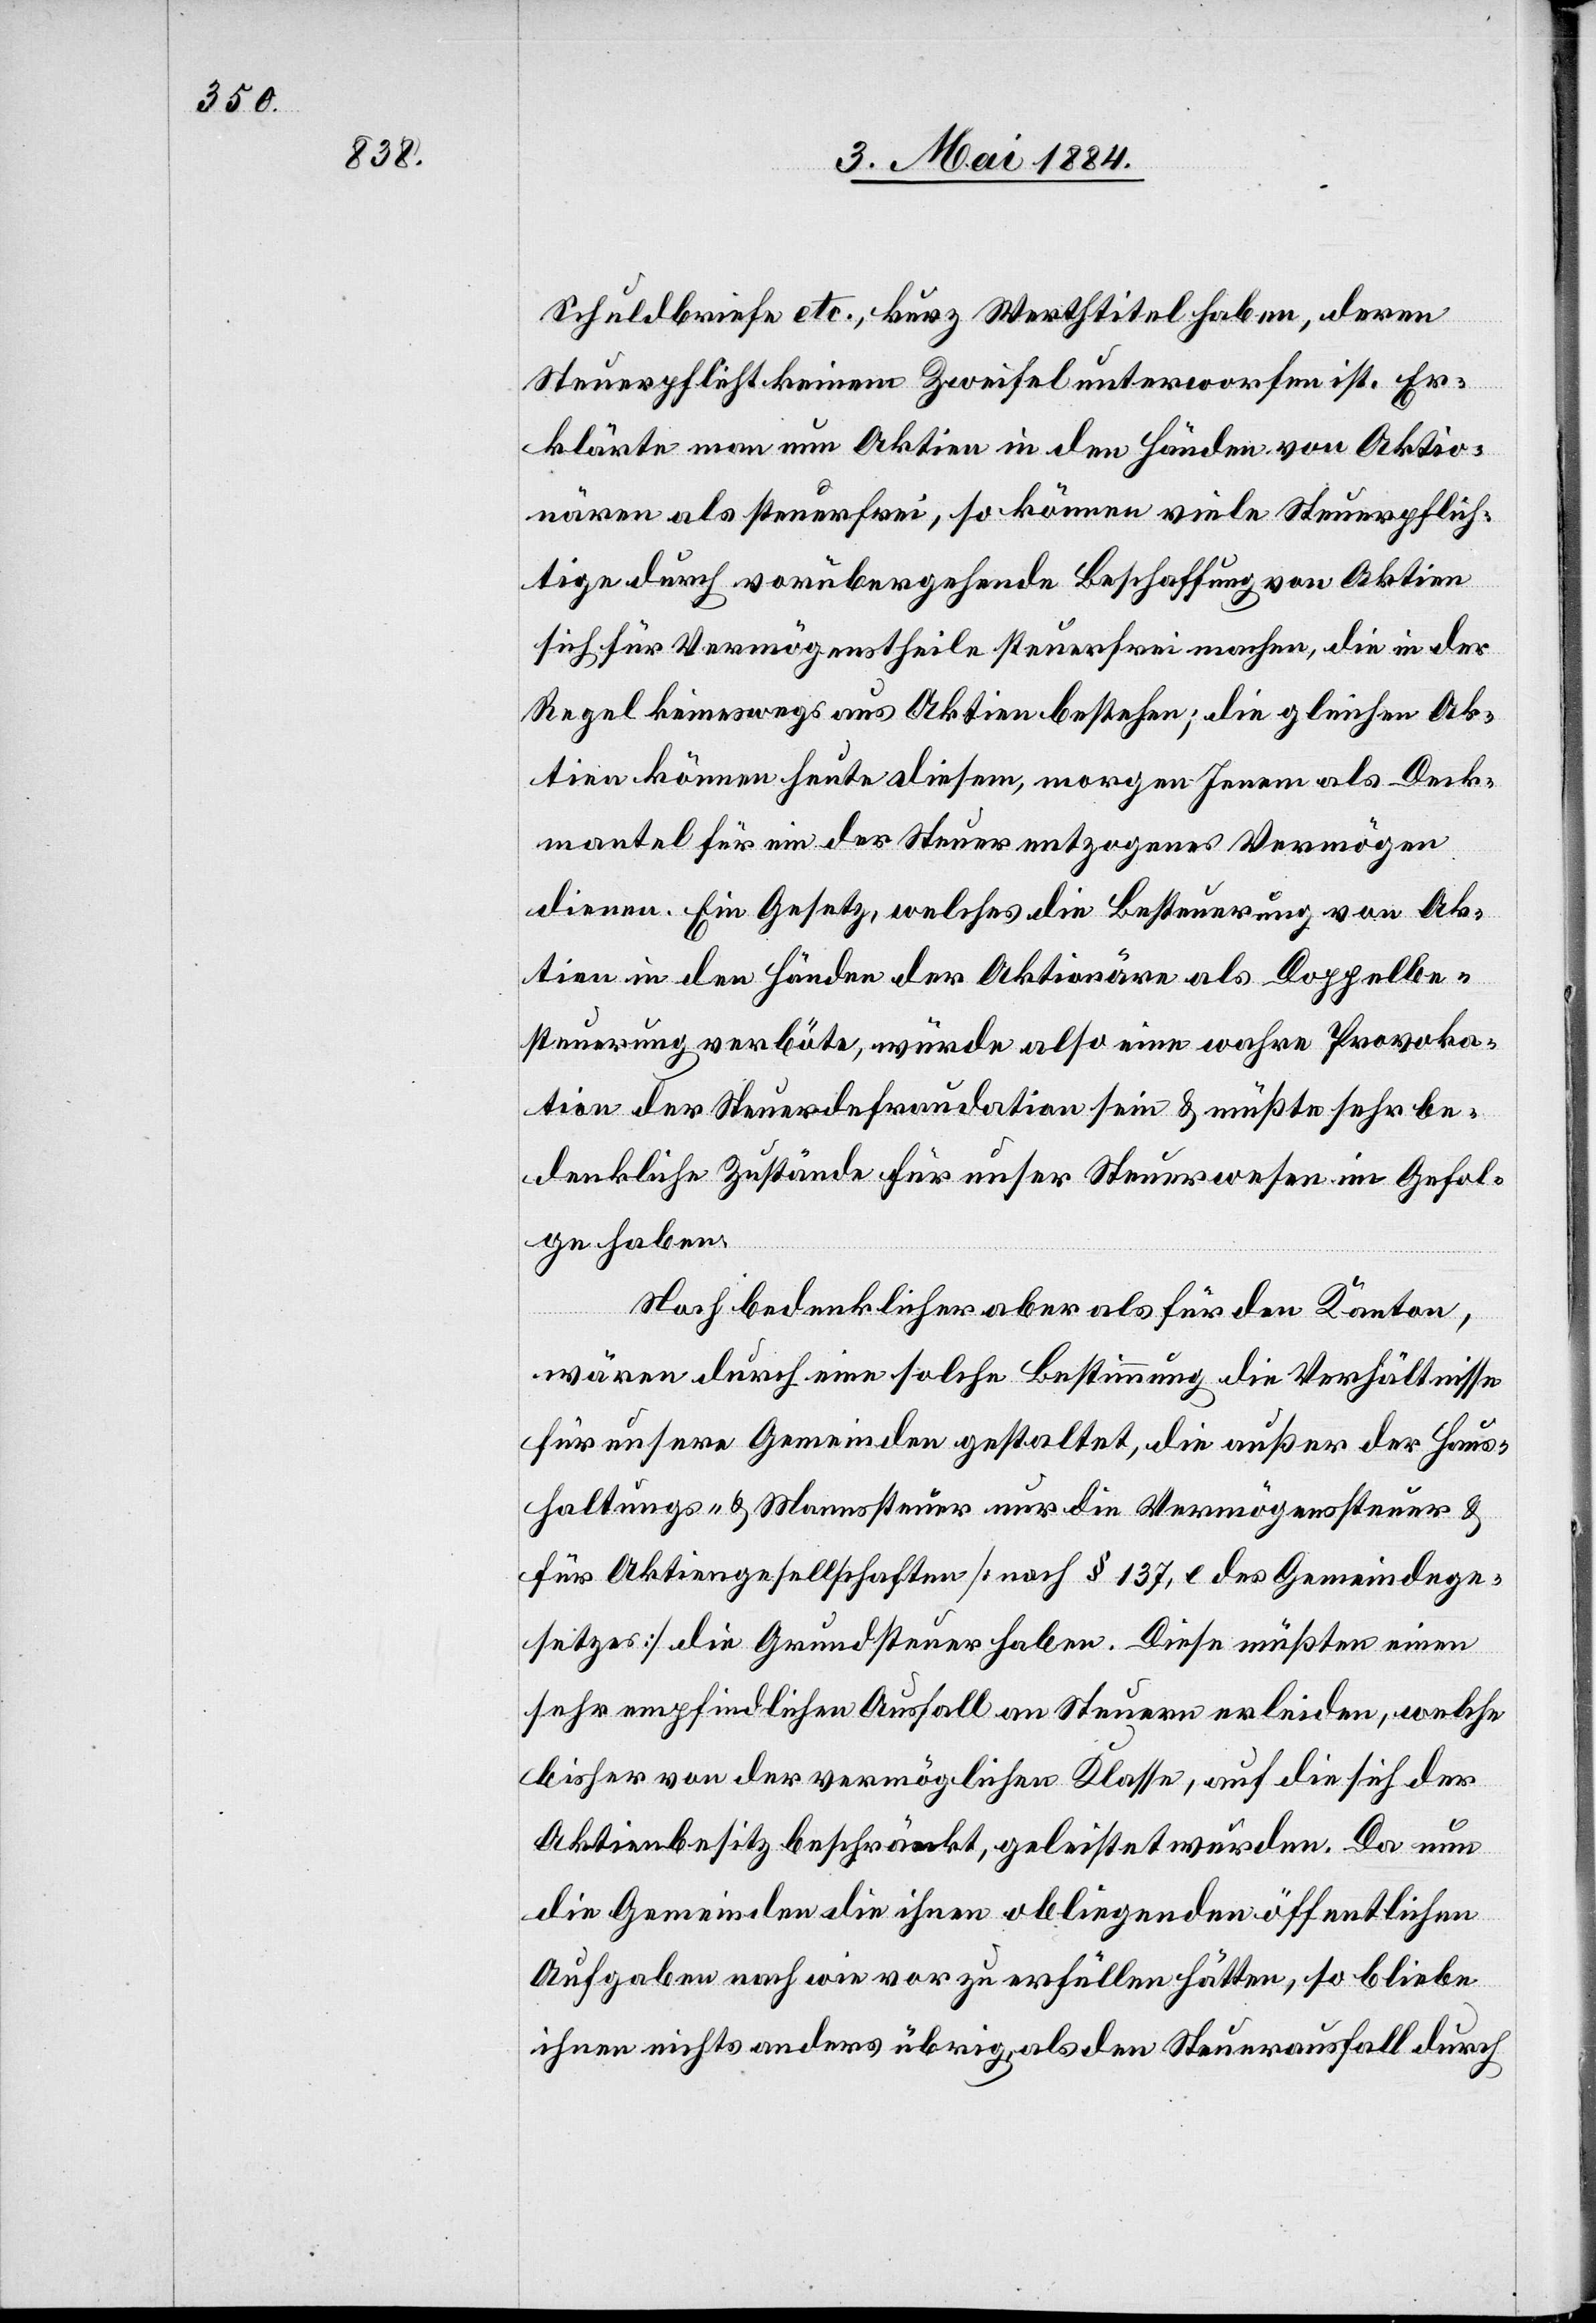
Schuldbriefe etc., kurz Werthtitel haben, deren
Steuerpflicht keinem Zweifel unterworfen ist. Er¬
klärte man nun Aktien in den Händen von Aktio¬
nären als steuerfrei, so können viele Steuerpflich¬
tige durch vorübergehende Beschaffung von Aktien
sich für Vermögenstheile steuerfrei machen, die in der
Regel keineswegs aus Aktien bestehen; die gleichen Ak¬
tien können heute diesem, morgen Jenem als Deck¬
mantel für ein der Steuer entzogenes Vermögen
dienen. Ein Gesetz, welche die Besteuerung von Ak¬
tien in den Händen der Aktionäre als Doppelbe¬
steuerung verböte, würde also eine wahre Provoka¬
tion der Steuerdefraudation sein & müßte sehr be¬
denkliche Zustände für unser Steuerwesen im Gefol¬
ge haben.
Noch bedenklicher aber als für den Kanton,
wären durch eine solche Bestimmung die Verhältnisse
für unsere Gemeinden gestaltet, die außer der Haus¬
haltungs- & Mannssteuer nur die Vermögenssteuer &
für Aktiengesellschaften [nach § 137, l des Gemeindege¬
setzes] die Grundsteuer haben. Diese müßten einen
sehr empfindlichen Ausfall an Steuern erleiden, welche
bisher von der vermöglichen Klasse, auf die sich der
Aktienbesitz beschränkt, geleistet wurden. Da nun
die Gemeinden die ihnen obliegenden öffentlichen
Ausgaben nach wie vor zu erfüllen hätten, so bliebe
ihnen nichts anderes übrig, als den Steuerausfall durch